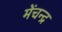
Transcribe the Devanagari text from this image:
मेंचन्द्र